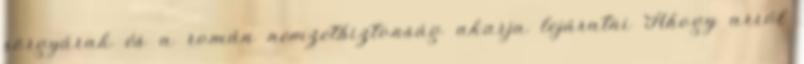
sörgyárak és a román nemzetbiztonság akarja lejáratni Ahogy arról